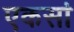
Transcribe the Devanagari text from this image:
एकसां